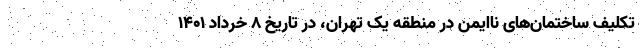
تکلیف ساختمان‌های ناایمن در منطقه یک تهران، در تاریخ ۸ خرداد ۱۴۰۱